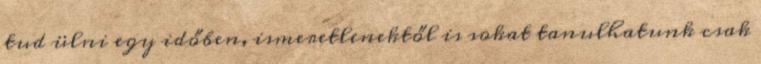
tud ülni egy időben, ismeretlenektől is sokat tanulhatunk csak